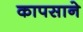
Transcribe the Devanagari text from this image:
कापसाने